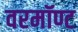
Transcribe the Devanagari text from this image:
वरमॉण्ट